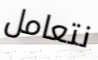
نتعامل